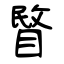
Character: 睯